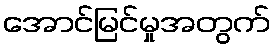
အောင်မြင်မှုအတွက်